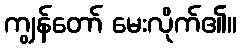
ကျွန်တော် မေးလိုက်၏။